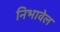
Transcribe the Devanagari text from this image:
निभावेल